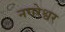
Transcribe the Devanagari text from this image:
नगरेश्वर